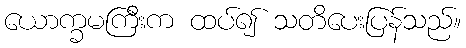
ယောက္ခမကြီးက ထပ်၍ သတိပေးပြန်သည်။